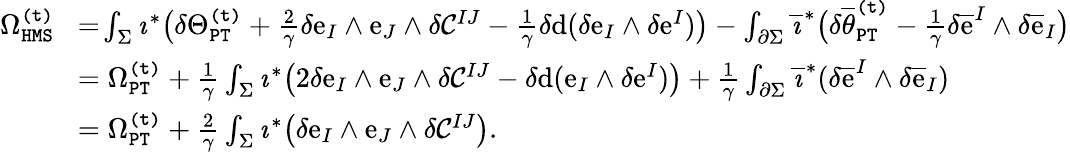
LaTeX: \begin{array}{rl}{\Omega_{\mathtt{HMS}}^{\mathtt{(t)}}\! }&{=\! \int_{\Sigma}\imath^{*}\big(\delta\Theta_{\mathtt{PT}}^{\mathtt{(t)}}+\frac{2}{\gamma}\delta\mathrm{e}_{I}\wedge\mathrm{e}_{J}\wedge\delta\mathcal{C}^{IJ}-\frac{1}{\gamma}\delta\mathrm{d}(\delta\mathrm{e}_{I}\wedge\delta\mathrm{e}^{I})\big)-\int_{\partial\Sigma}\overline{{\imath}}^{*}\big(\delta\overline{{\theta}}_{\mathtt{PT}}^{\mathtt{(t)}}-\frac{1}{\gamma}\delta\overline{{\mathrm{e}}}^{I}\wedge\delta\overline{{\mathrm{e}}}_{I}\big)}\\ &{=\Omega_{\mathtt{PT}}^{\mathtt{(t)}}+\frac{1}{\gamma}\int_{\Sigma}\imath^{*}\big(2\delta\mathrm{e}_{I}\wedge\mathrm{e}_{J}\wedge\delta\mathcal{C}^{IJ}-\delta\mathrm{d}(\mathrm{e}_{I}\wedge\delta\mathrm{e}^{I})\big)+\frac{1}{\gamma}\int_{\partial\Sigma}\overline{{\imath}}^{*}(\delta\overline{{\mathrm{e}}}^{I}\wedge\delta\overline{{\mathrm{e}}}_{I})}\\ &{=\Omega_{\mathtt{PT}}^{\mathtt{(t)}}+\frac{2}{\gamma}\int_{\Sigma}\imath^{*}\big(\delta\mathrm{e}_{I}\wedge\mathrm{e}_{J}\wedge\delta\mathcal{C}^{IJ}\big).}\end{array}